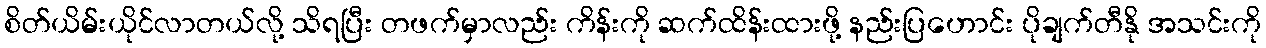
စိတ်ယိမ်းယိုင်လာတယ်လို့ သိရပြီး တဖက်မှာလည်း ကိန်းကို ဆက်ထိန်းထားဖို့ နည်းပြဟောင်း ပိုချက်တီနို အသင်းကို